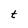
Character: t